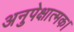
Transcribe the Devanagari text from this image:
अनुपेक्षात्मक।